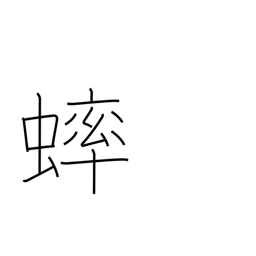
Meaning: grasshopper